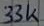
Text: 33k